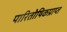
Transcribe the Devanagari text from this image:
पारितोषिकप्राप्त